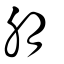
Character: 朋